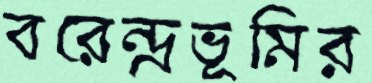
বরেন্দ্রভূমির